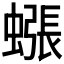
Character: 𧐊